Trukikaitis_Postimees, lk 9
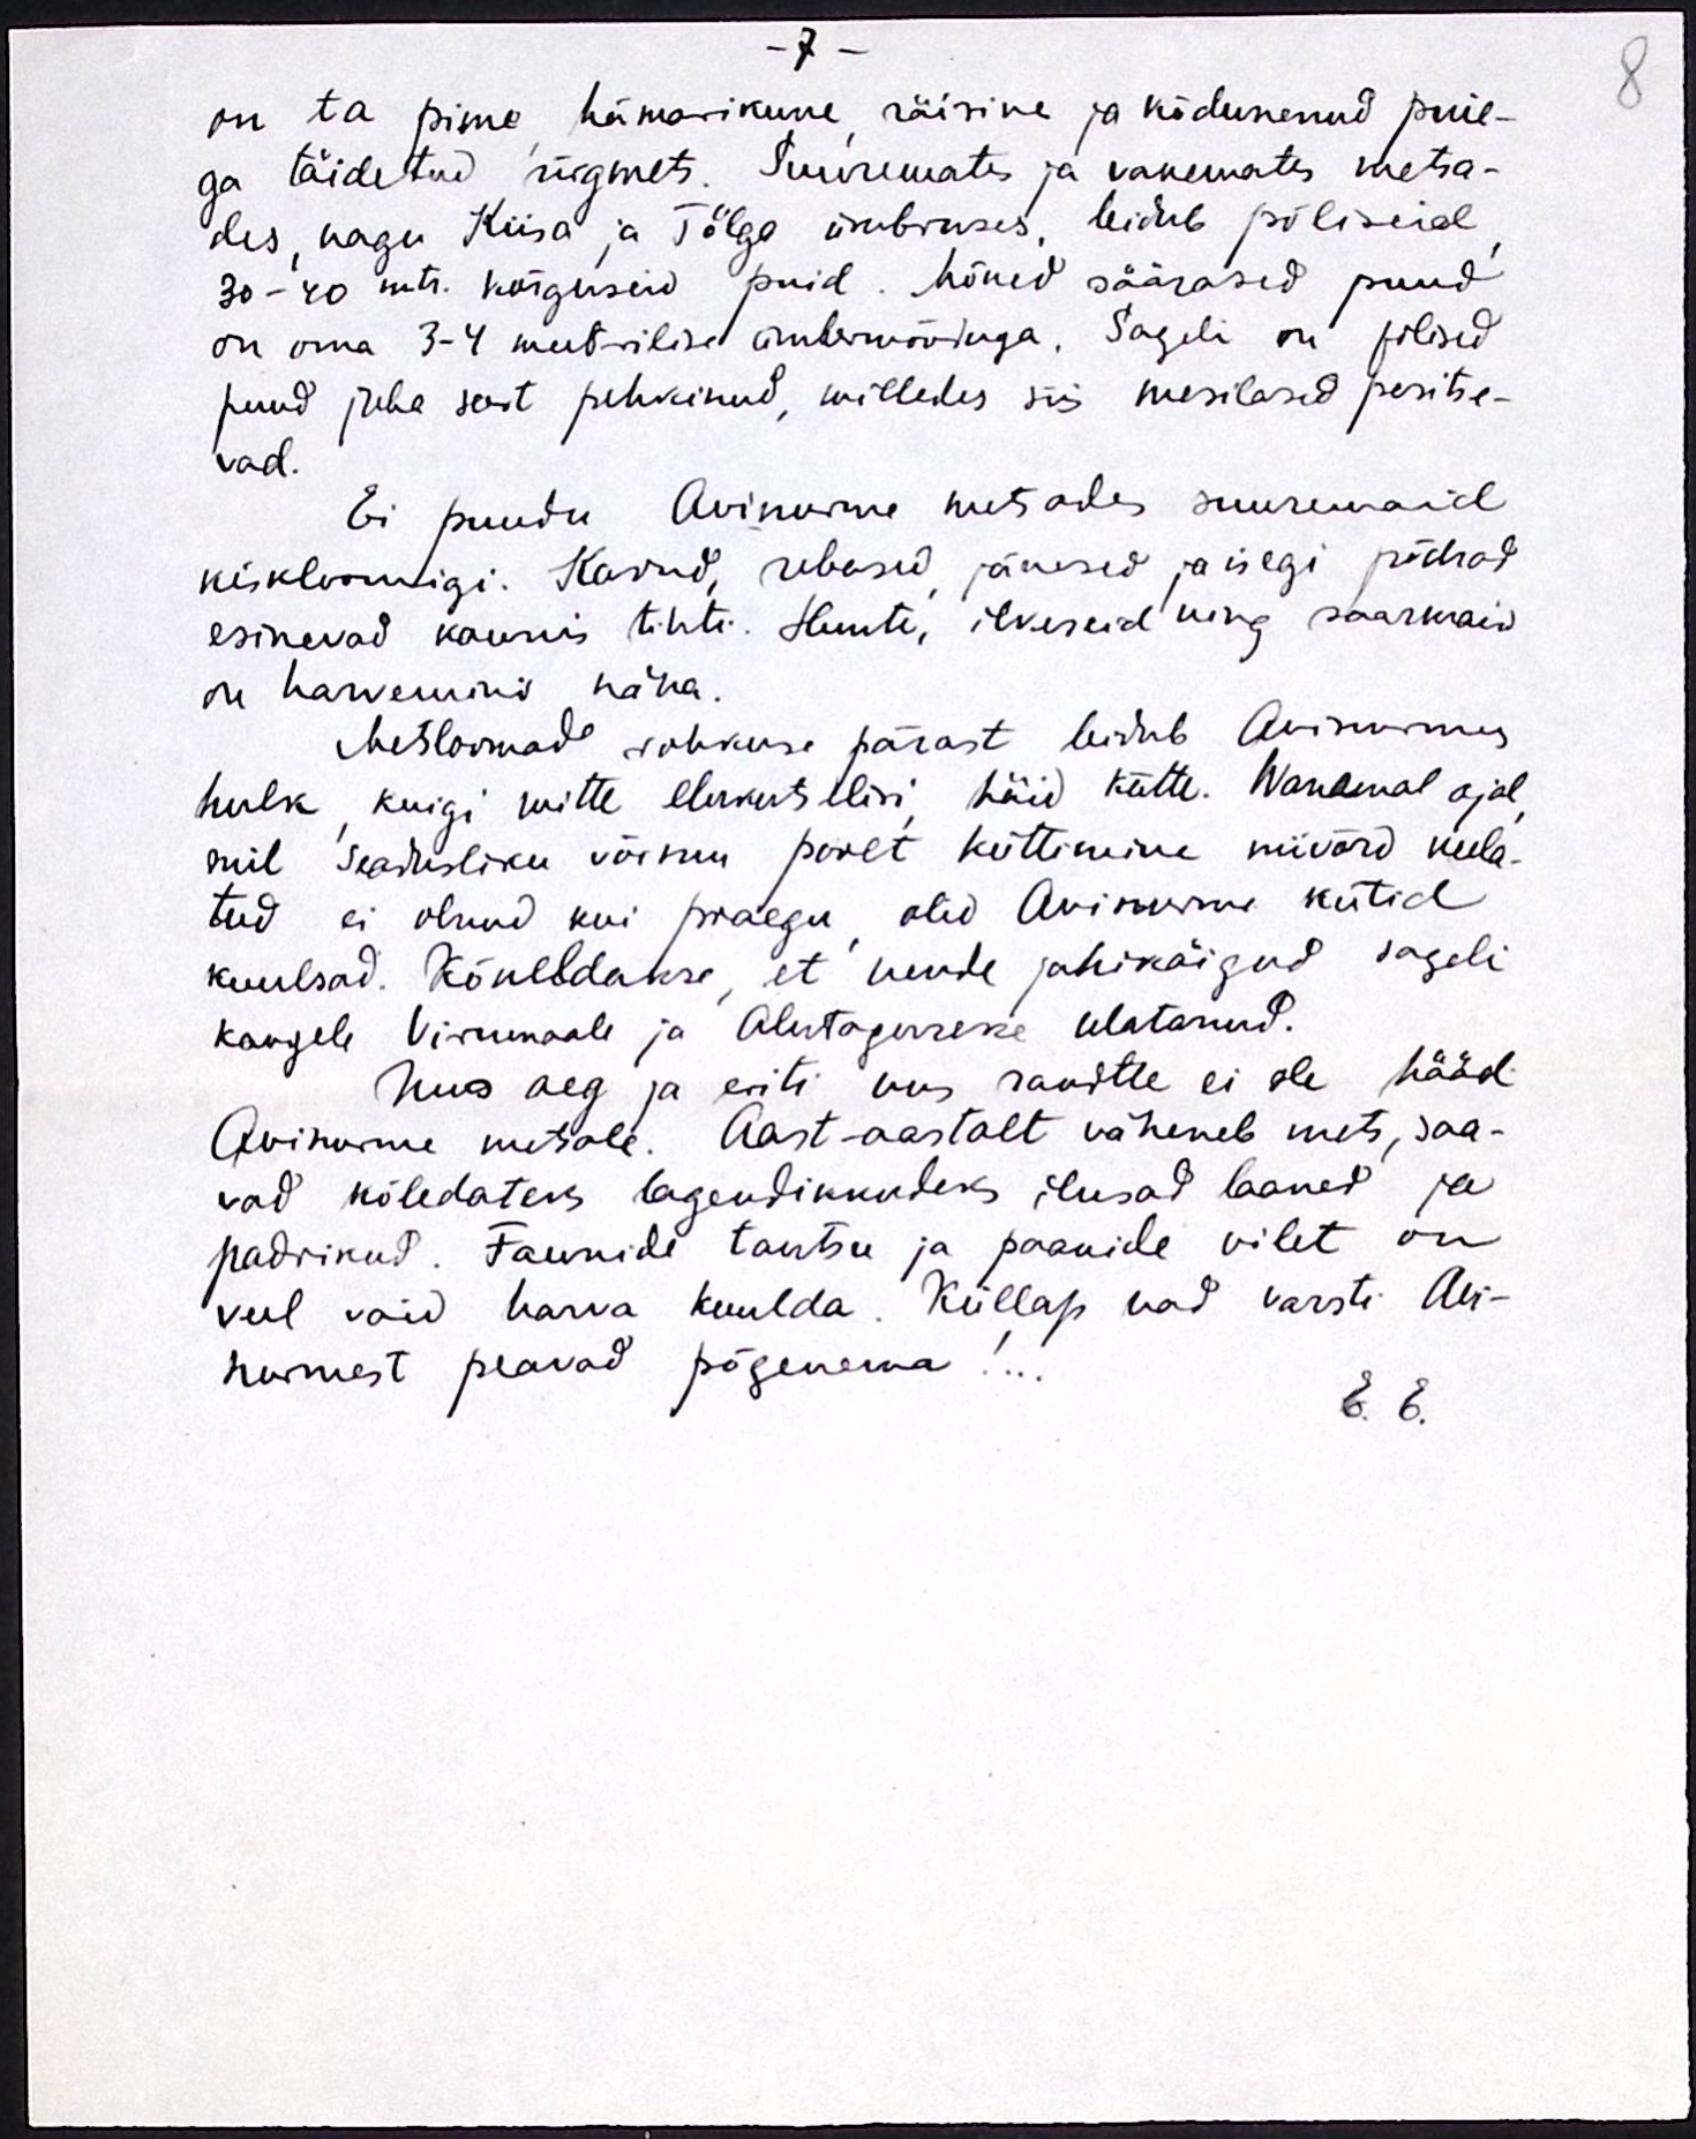
on ta pime hämarikune räisine ja kõdunenud puie-
ga täidetud ürgmets. Suuremates ja vanemates metsa-
des, nagu Kiisa ja Tõlga ümbruses, leidub põlisid
30-40 mtr. kõrguseid puid. Mõned säärased puud
on oma 3-4 meetrilised ümbrmõõtega. Sageli on põlised
puud juba sest pehkinud, milledes siis mesilased pesitse-
vad.
Ei puudu Avinume metsades suuremaid
kiskloomigi. Karud, rebased jänased ja isegi põdrad
esinevad kaunis tihti. Hunte, ilkeseid ning saarmaid
on harvemini näha.
Metsloomad rohkuse pärast leidub Avinurmes
hulk kuigi mitte elukutsilisi häid kätte. Wanemal ajal
mil seadusliku võimu poolt küttimine niivõrd keela-
tud ei olnud kui praegu olid Avinurme kütid
kuulsad. Kõneldakse, et nende jahikäigud sageli
kaugele Viirumaale ja Alutagusesse ulatanud.
Uus aeg ja eriti uus raudtee ei ole hääd,
Avinurme metsale. Aast-aastalt väheneb mets, saa-
vad kõledateks lagendikkudeks ilusad laaned ja
padrikud. Faunide tantsu ja paanide vilet on
veel vaid harva kuulda. Küllap nad varsti Avi-
nurmest peavad põgenema!..
E. E.